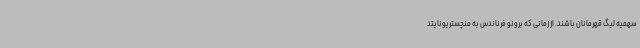
سهمیه لیگ قهرمانان باشند. از زمانی که برونو فرناندس به منچستریونایتد